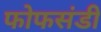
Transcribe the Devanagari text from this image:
फोफसंडी